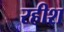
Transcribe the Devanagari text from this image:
रहीश